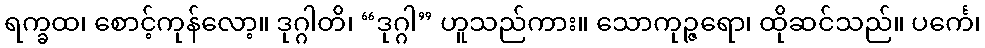
ရက္ခထ၊ စောင့်ကုန်လော့။ ဒုဂ္ဂါတိ၊ “ဒုဂ္ဂါ” ဟူသည်ကား။ သောကုဉ္ဇရော၊ ထိုဆင်သည်။ ပင်္ကေ၊